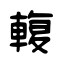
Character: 輹